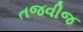
તજવીજ